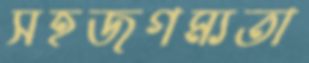
সহজগম্যতা